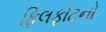
ફિલફોટનો